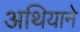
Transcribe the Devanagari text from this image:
अथियाने